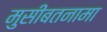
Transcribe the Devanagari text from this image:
मुसीबतनामा